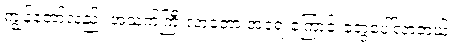
ကျွန်တော်လည်း အသက်ကြီးလာတော့ အရေးကြောင်းတွေပေါ်လာတယ်။